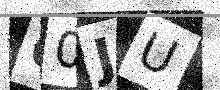
Text: 60JU